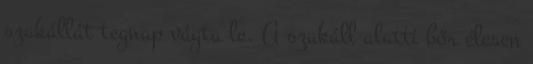
szakállát tegnap vágta le. A szakáll alatti bőr élesen